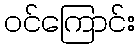
ဝင်ကြောင်း